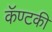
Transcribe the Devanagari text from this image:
कॅण्टकी